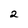
Character: 2